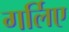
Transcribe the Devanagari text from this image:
गर्लिए